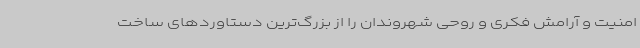
امنیت و آرامش فکری و روحی شهروندان را از بزرگ‌ترین دستاوردهای ساخت